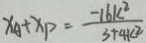
x _ { A } + x _ { P } = \frac { - 1 6 k ^ { 2 } } { 3 + 4 k ^ { 2 } }